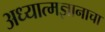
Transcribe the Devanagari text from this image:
अध्यात्मज्ञानाचा